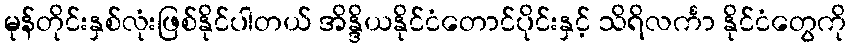
မုန်တိုင်းနှစ်လုံးဖြစ်နိုင်ပါတယ် အိန္ဒိယနိုင်ငံတောင်ပိုင်းနှင့် သိရိလင်္ကာ နိုင်ငံတွေကို